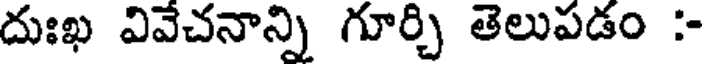
దుఃఖ వివేచనాన్ని గూర్చి తెలుపడం :-